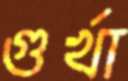
গুর্খা